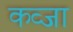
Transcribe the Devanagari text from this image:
कव्जा